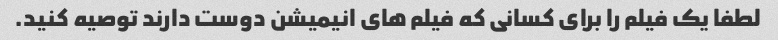
لطفا یک فیلم را برای کسانی که فیلم های انیمیشن دوست دارند توصیه کنید.